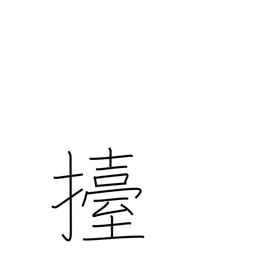
Meaning: lift